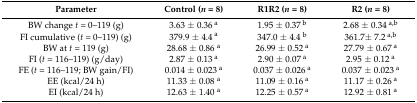
<table><thead><tr><td><b>Parameter</b></td><td><b>Control (<i>n</i> = 8)</b></td><td><b>R1R2 (<i>n</i> = 8)</b></td><td><b>R2 (<i>n</i> = 8)</b></td></tr></thead><tbody><tr><td>BW change <i>t</i> = 0–119 (g)</td><td>3.63 ± 0.36<sup> a</sup></td><td>1.95 ± 0.37<sup> b</sup></td><td>2.68 ± 0.34<sup> a,b</sup></td></tr><tr><td>FI cumulative (<i>t</i> = 0–119) (g)</td><td>379.9 ± 4.4<sup> a</sup></td><td>347.0 ± 4.4 <sup>b</sup></td><td>361.7± 7.2<sup> a,b</sup></td></tr><tr><td>BW at <i>t</i> = 119 (g)</td><td>28.68 ± 0.86 <sup>a</sup></td><td>26.99 ± 0.52<sup> a</sup></td><td>27.79 ± 0.67<sup> a</sup></td></tr><tr><td>FI (<i>t</i> = 116–119) (g/day)</td><td>2.87 ± 0.13<sup> a</sup></td><td>2.90 ± 0.07<sup> a</sup></td><td>2.95 ± 0.12<sup> a</sup></td></tr><tr><td>FE (<i>t</i> = 116–119; BW gain/FI)</td><td>0.014 ± 0.023<sup> a</sup></td><td>0.037 ± 0.026<sup> a</sup></td><td>0.037 ± 0.023<sup> a</sup></td></tr><tr><td>EE (kcal/24 h)</td><td>11.33 ± 0.08 <sup>a</sup></td><td>11.09 ± 0.16<sup> a</sup></td><td>11.17 ± 0.26<sup> a</sup></td></tr><tr><td>EI (kcal/24 h)</td><td>12.63 ± 1.40 <sup>a</sup></td><td>12.25 ± 0.57<sup> a</sup></td><td>12.92 ± 0.81<sup> a</sup></td></tr></tbody></table>